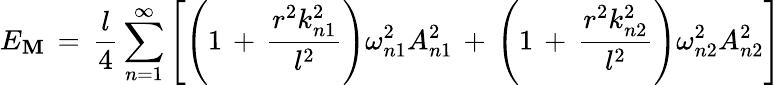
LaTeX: E_{\mathbf{M}}\, =\, \frac{{l}}{{4}}\sum_{n=1}^{\infty}\left[\left(1\, +\, \frac{{r^{2}k_{n1}^{2}}}{{l^{2}}}\right)\omega_{n1}^{2}A_{n1}^{2}\, +\, \left(1\, +\, \frac{{r^{2}k_{n2}^{2}}}{{l^{2}}}\right)\omega_{n2}^{2}A_{n2}^{2}\right]